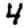
Digit: 4